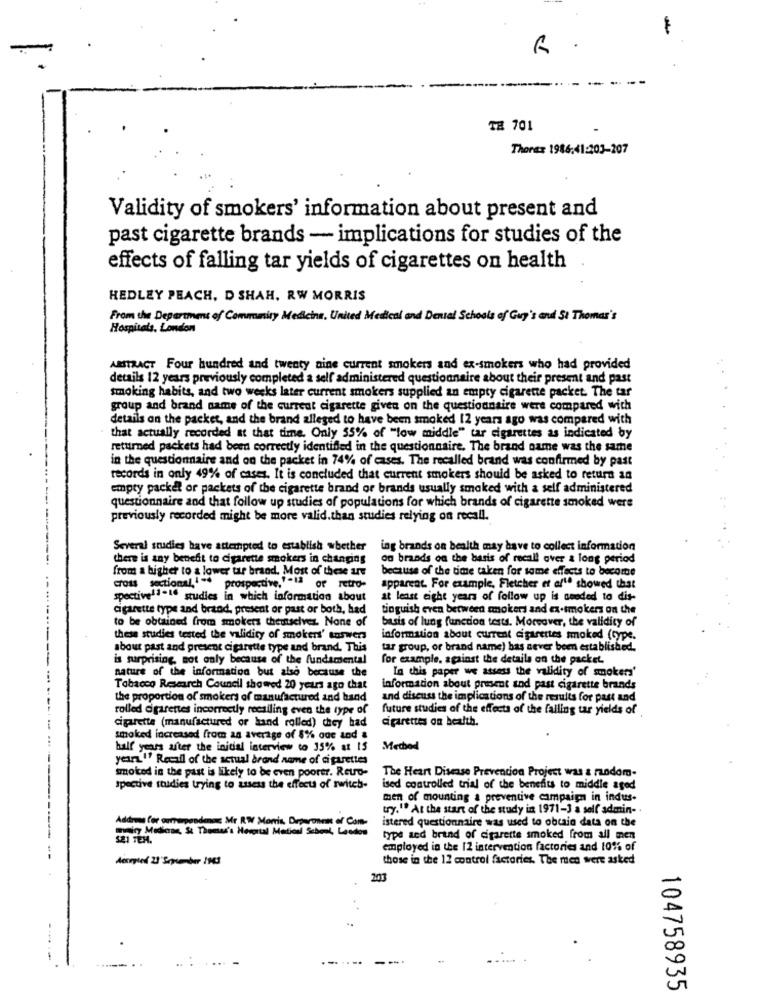
6 .
Ta 701
Thorax 1986:41:203-207
Validity of smokers' information about present and
past cigarette brands - implications for studies of the
effects of falling tar yields of cigarettes on health
HEDLEY PEACH, D SHAH. RW MORRIS
From the Department of Community Medicina, United Medical and Dental Schools of Guy's and St Thomas's
Hospitals, London
ABSTRACT Four hundred and twenty nine current smokers and ex-smokers who had provided
details 12 years previously completed a self administered questionnaire about their present and past
.
smoking habits, and two weeks later current smokers supplied an empty cigarette packet. The tar
group and brand name of the current cigarette given on the questionnaire were compared with
details on the packet, and the brand alleged to have been smoked 12 years ago was compared with
that actually recorded at that time. Only 55% of "low middle" tar cigarettes as indicated by
returned packets had been correctly identified in the questionnaire. The brand name was the same
in the questionnaire and on the packet in 74% of cases. The recalled brand was confirmed by past
-----
records in only 49% of cases. It is concluded that current smokers should be asked to return an
empty packet or packets of the cigarette brand of brands usually smoked with a self administered
questionnaire and that follow up studies of populations for which brands of cigarette smoked were
previously recorded might be more valid.than studies relying on recall.
Several studies have attempted to establish whether
ing brands on bealth may have to collect information
there is any benefit to cigarette smokers in changing
on brands on the basis of recall over & long period
from a higher to a lower ur brand. Most of these are
because of the time taken for some effects to become
cross sectional,' "* prospective,'"13 of retro-
apparent. For example, Fletcher et af' showed that
spective'-16 studies in which information about
at least eight years of follow up is anoded to dis-
cigarette type and brand, present or past or both, had
tinguish even between smokers and ex-smokers on the
to be obtained from smokers themselves. None of
basis of lung function tests. Moreover, the validity of
these studies tested the validity of smokers' taswers
information about current cigarettes smoked (type.
about past and present cigarette type and brand. This
tar group, or brand name) has never been established.
is surprising, not only because of the fundamental
for example, against the details on the packet,
nature of the information but also because the
In this paper we assess the validity of smokers'
Tobacco Research Council showed 20 years ago that
information about present and past cigarette brands
the proportion of smokers of manufactured and hand
and discuss the implications of the results for past and
rolled cigarettes incorrectly recalling even the type of
future studies of the effects of the falling tar yields of
cigarettes on health.
cigarette (manufactured or hand rolled) they had
smoked increased from an average of 8% one and &
half years after the initial interview to 35% at 15
Method
years "" Recall of the actual brand name of cigarettes
smoked in the past is likely to be even poorer. Retro-
The Heart Disease Prevention Project was & random-
spective studies trying to assess the effects of switch-
ised controlled trial of the benefits to middle aged
men of mounting a preventive campaign in indus-
try." At the start of the study in 1971-3 a self admin- .
Addres Cor onargendeno: Mr RW Morris. Drperonnn of Con-
istered questionnaire was used to obtain data on the
Dominy Medona, St Thomas's Hospital Medical School, Lasdos
321 TEM.
type and brand of cigarette smoked from all men
employed in the 12 intervention factories and 10% of
those in the 12 control factories. The men were asked
201
.-.....
104758935